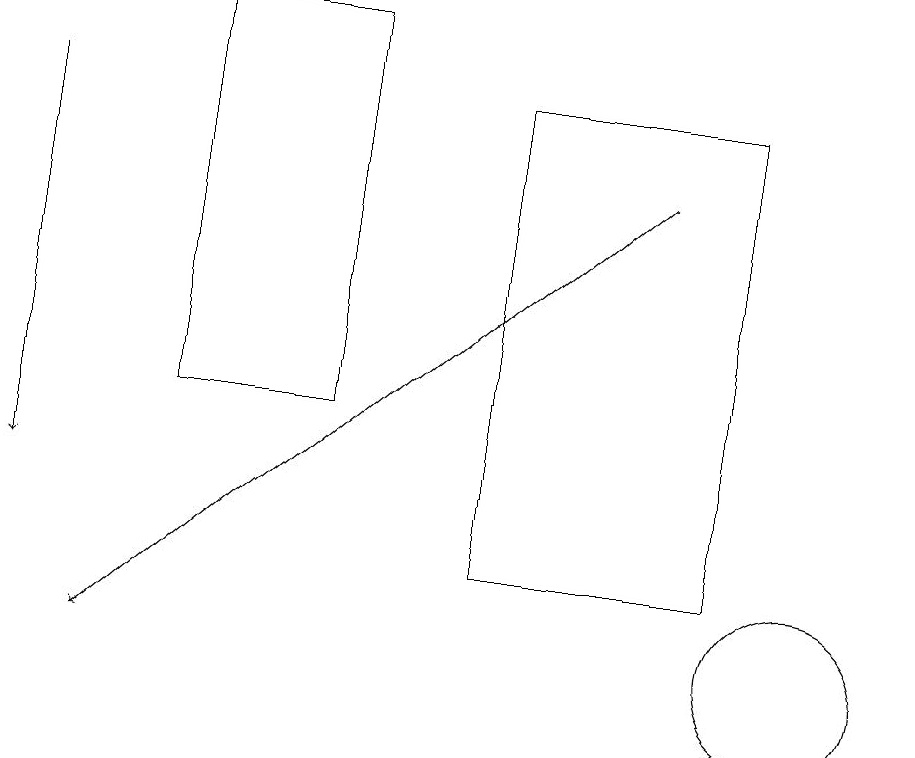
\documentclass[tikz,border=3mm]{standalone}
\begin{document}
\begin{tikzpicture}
\draw[->] (8,16) -- (1,10);
\draw (9,11) rectangle (6,17);
\draw[->] (0,17) -- (0,12);
\draw (10,10) circle (1);
\draw (4,13) rectangle (2,18);
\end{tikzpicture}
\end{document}